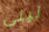
لينى